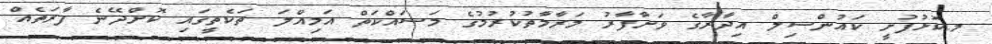
މ.ކޮޅުފުށީ ކައުންސިލް އިދާރާގެ ވަށާފާރު މަރާމާތުކުރުމުގެ މަސައްކަތް އަމިއްލަ ތަކެތީގައި ކޮށްދޭނެ ފާރަތެއް